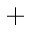
^ +